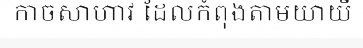
កាចសាហាវ ដែលកំពុងតាមយាយី